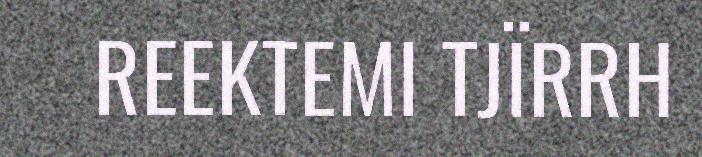
REEKTEMI TJÏRRH